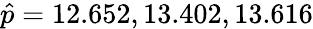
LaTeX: \hat{p}=12.652,13.402,13.616